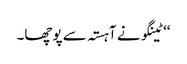
‘‘ ٹینگو نے آہستہ سے پوچھا۔